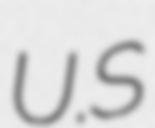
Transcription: U.S